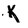
Character: K